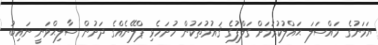
ޔަމަނުގެ މައްސަލަ ޙައްލުކުރުމަށް ގަލްފުގެ ޤައުމުތަކުން ހުށަހެޅި ޕްލޭނެއްގެ ދަށުން ސާލިޙްވަނީ ނައިބު